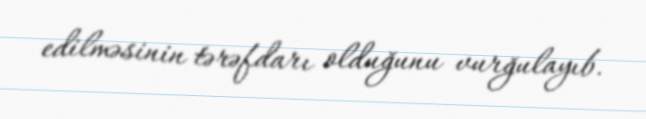
edilməsinin tərəfdarı olduğunu vurğulayıb.